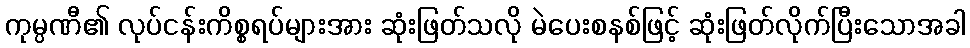
ကုမ္ပဏီ၏ လုပ်ငန်းကိစ္စရပ်များအား ဆုံးဖြတ်သလို မဲပေးစနစ်ဖြင့် ဆုံးဖြတ်လိုက်ပြီးသောအခါ